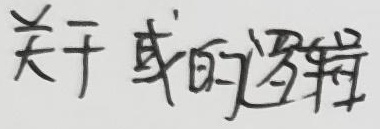
关于或的逻辑